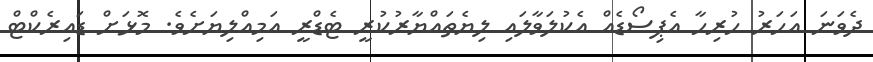
ދެވަނަ އަހަރު ހުރިހާ އެޕިސޯޑެއް އެކުލަވާލައި ލިޔެތައްޔާރުކުރީ ޓެޑްރީ އަމިއްލިޔަށެވެ. މޮޅަށް ޑައިރެކްޓް